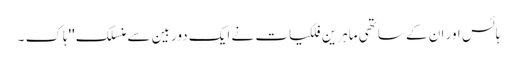
ہائس اور ان کے ساتھی ماہرین فلکیات نے ایک دوربین سے منسلک ''ہاک ۔